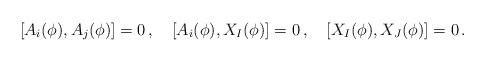
LaTeX: \begin{align*}[A_{i}(\phi), A_{j}(\phi)] = 0 \, , \quad [A_{i}(\phi), X_{I}(\phi)]=0 \, , \quad[X_{I}(\phi), X_{J}(\phi)]=0 \, .\end{align*}